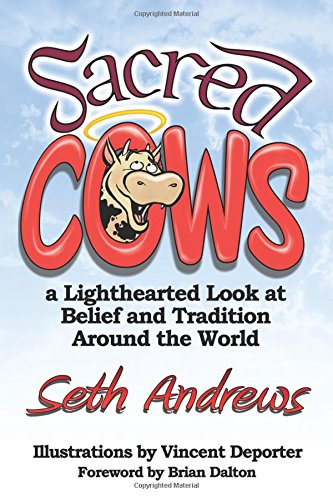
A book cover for Sacred Cows: A Lighthearted Look at Belief and Tradition Around the World; Seth Andrews; Humor & Entertainment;